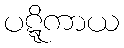
ပဋ္ဋိကာယ